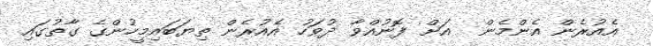
އެއުރެން އެންމެން  އަށް ފޮނުއްވާ ދުވަހު އެއުރެން ތިޔަބައިމީހުންގެ ގާތުގައި